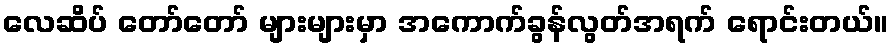
လေဆိပ် တော်တော် များများမှာ အကောက်ခွန်လွတ်အရက် ရောင်းတယ်။